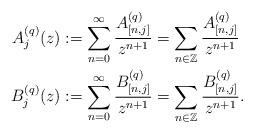
LaTeX: \begin{align*}A_{j}^{(q)}(z) & :=\sum_{n=0}^{\infty}\frac{A_{[n,j]}^{(q)}}{z^{n+1}}=\sum_{n\in\mathbb{Z}}\frac{A_{[n,j]}^{(q)}}{z^{n+1}}\\B_{j}^{(q)}(z) & :=\sum_{n=0}^{\infty}\frac{B_{[n,j]}^{(q)}}{z^{n+1}}=\sum_{n\in\mathbb{Z}}\frac{B_{[n,j]}^{(q)}}{z^{n+1}}.\end{align*}